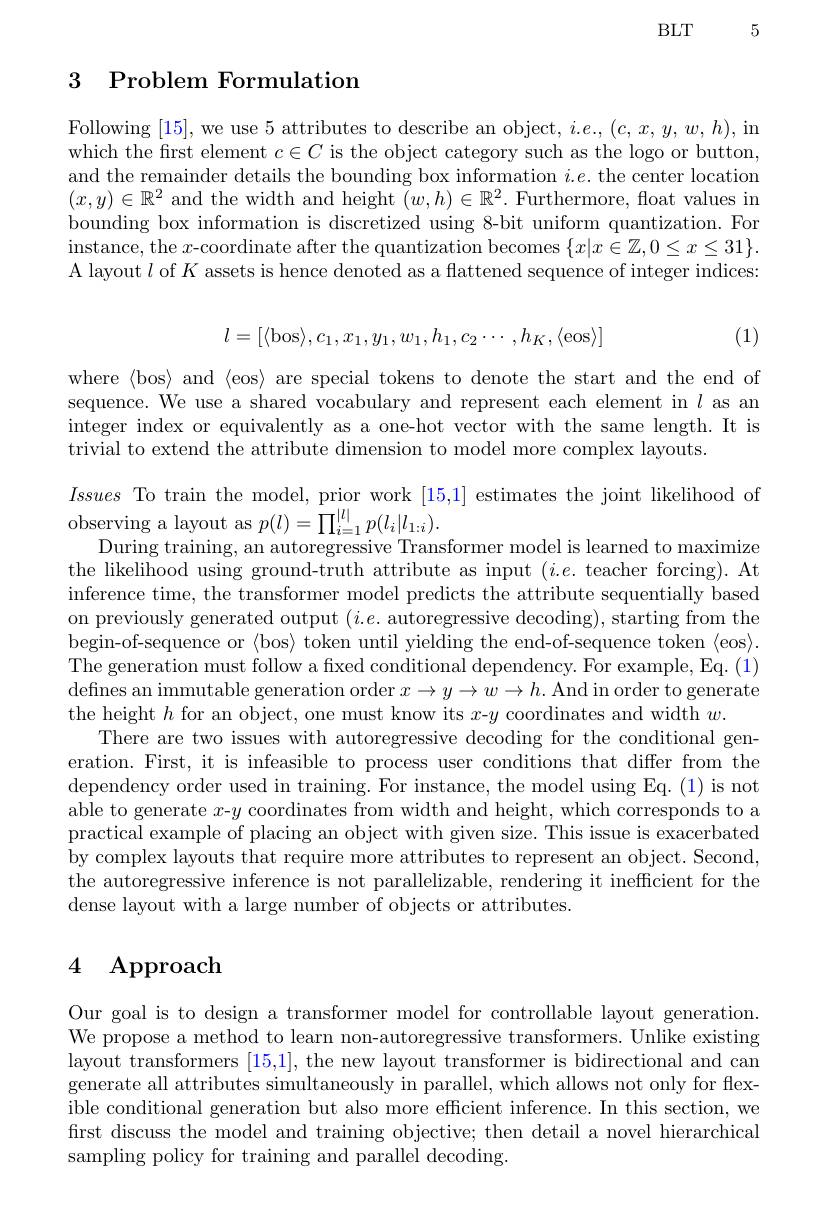
5

BLT

# 3 Problem Formulation

Following [15], we use 5 attributes to describe an object, $i.e.,(c,x,y,w,h)$,in which the frst element $c\in C$ is the object category such as the logo or button, and the remainder details the bounding box information $i.e.$ the center location $(x,y)\in\mathbb{R}^2$ and the width and height $\bar(w,h)\in\mathbb{R}^2.$ Furthermore, float values in bounding box information is discretized using 8-bit uniform quantization. For instance, the $x$-coordinate after the quantization becomes $\{x|x\in\mathbb{Z},0\leq x\leq31\}.$ A layout $l$ of $K$ assets is hence denoted as a flattened sequence of integer indices:
$$l=[\langle\mathrm{bos}\rangle,c_{1},x_{1},y_{1},w_{1},h_{1},c_{2}\cdots,h_{K},\langle\mathrm{eos}\rangle]$$
(1)

where $\langle$bos$\rangle$ and $\langle$eos$\rangle$ are special tokens to denote the start and the end of sequence. We use a shared vocabulary and represent each element in $l$ as an integer index or equivalently as a one-hot vector with the same length.It is trivial to extend the attribute dimension to model more complex layouts.

Issues To train the model, prior work [15,1] estimates the joint likelihood of
$\begin{array}{c}{\mathrm{observing~a~layout~as~}}p(l)=\prod_{i=1}^{|l|}p(l_{i}|l_{1:i}).\end{array}$
During training, an autoregressive Transformer model is learned to maximize the likelihood using ground-truth attribute as input $(i.e.$ teacher forcing). At inference time, the transformer model predicts the attribute sequentially based on previously generated output $(i.e.$ autoregressive decoding), starting from the begin-of-sequence or {bos}> token until yielding the end-of-sequence token {(eos)}. The generation must follow a fixed conditional dependency. For example, Eq. (1) $\begin{aligned}\text{defines an immutable generation order }x\to y\to w\to h.\mathrm{~And~in~order~to~generate}\end{aligned}$ the height $h$ for an object, one must know its $x$-$y$ coordinates and width $w.$
There are two issues with autoregressive decoding for the conditional generation. First, it is infeasible to process user conditions that differ from the dependency order used in training. For instance, the model using Eq. (1) is not able to generate $x$-$y$ coordinates from width and height, which corresponds to a practical example of placing an object with given size. This issue is exacerbated by complex layouts that require more attributes to represent an object. Second, the autoregressive inference is not parallelizable, rendering it inefficient for the dense layout with a large number of objects or attributes.

# 4 Approach

Our goal is to design a transformer model for controllable layout generation. We propose a method to learn non-autoregressive transformers. Unlike existing layout transformers [15,1], the new layout transformer is bidirectional and can generate all attributes simultaneously in parallel, which allows not only for flexible conditional generation but also more efficient inference. In this section, we first discuss the model and training objective; then detail a novel hierarchical sampling policy for training and parallel decoding.